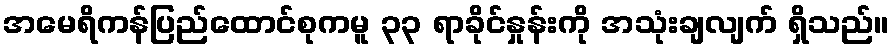
အမေရိကန်ပြည်ထောင်စုကမူ ၃၃ ရာခိုင်နှုန်းကို အသုံးချလျက် ရှိသည်။